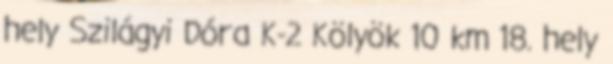
hely Szilágyi Dóra K-2 Kölyök 10 km 18. hely